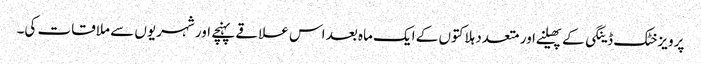
پرویزخٹک ڈینگی کے پھیلنے اور متعدد ہلاکتوں کے ایک ماہ بعد اس علاقے پہنچے اور شہریوں سے ملاقات کی۔